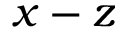
x - z